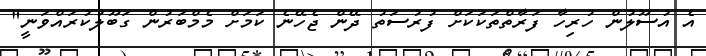
އެ އުސޫލުން ހުރިހާ ފަރާތްތަކަކަށް ފުރުސަތު ދޭން ޖެހޭނެ ކަމަށް މެމްބަރުން ގަބޫލުކުރައްވަނީ"